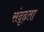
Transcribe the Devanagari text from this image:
संदृढ़ता